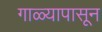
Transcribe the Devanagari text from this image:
गाळ्यापासून